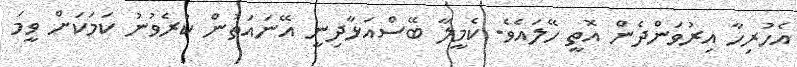
އެހުރިހާ އިރުވަންދެން އޮތީ ހޭލައެވެ. ކެމީލާ ބޭސްއަޅާދިނީ އޭނައަތުން ކުރެވުނު ކަމަކަށް ވީމަ